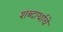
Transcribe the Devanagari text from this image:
शब्दार्थाचे